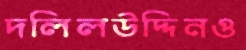
দলিলউদ্দিনও